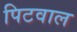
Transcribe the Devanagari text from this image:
पिटवाल